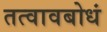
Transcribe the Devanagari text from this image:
तत्वावबोधं